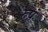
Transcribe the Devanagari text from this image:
रुपं